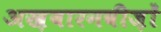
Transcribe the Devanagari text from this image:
अख़बारनवीज़ों